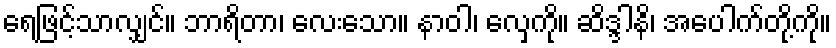
ရေဖြင့်သာလျှင်။ ဘာရိတာ၊ လေးသော။ နာဝါ၊ လှေကို။ ဆိဒ္ဒါနိ၊ အပေါက်တို့ကို။